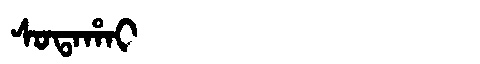
Manchu: ᠰᠣᡨᠠᡥᠠᡳ
Romanization: SOTAHAI